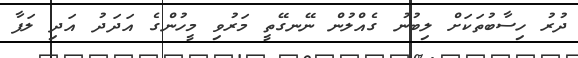
ދުރު ހިސާބުތަކަށް ލިބުނު ގެއްލުން ނޭނގޭތީ މަރުވި މީހުންގެ އަދަދު އަދި ލަފާ